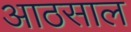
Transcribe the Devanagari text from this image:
आठसाल